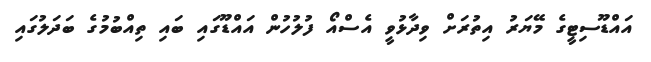
އައްޑޫސިޓީގެ މޭޔަރު އިތުރަށް ވިދާޅުވީ އެސްއޯ ފުލުހުން އައްޑޫގައި ބައި ތިއްބުމުގެ ބަދަލުގައި